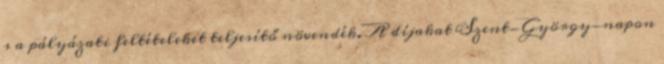
s a pályázati feltételeket teljesítő növendék. A díjakat Szent-György-napon